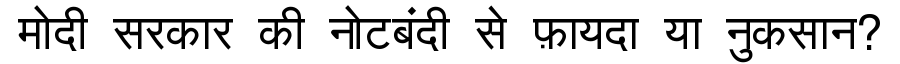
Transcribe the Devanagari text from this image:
मोदी सरकार की नोटबंदी से फ़ायदा या नुकसान?